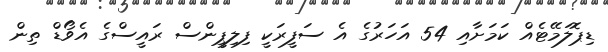
ޑިޕޮލަމޭޓެއް ކަމަށާއި 54 އަހަރުގެ އެ ސަފީރަކީ ފިލިޕީންސް ރައީސްގެ އެވޯޑް ތިން